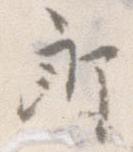
郎